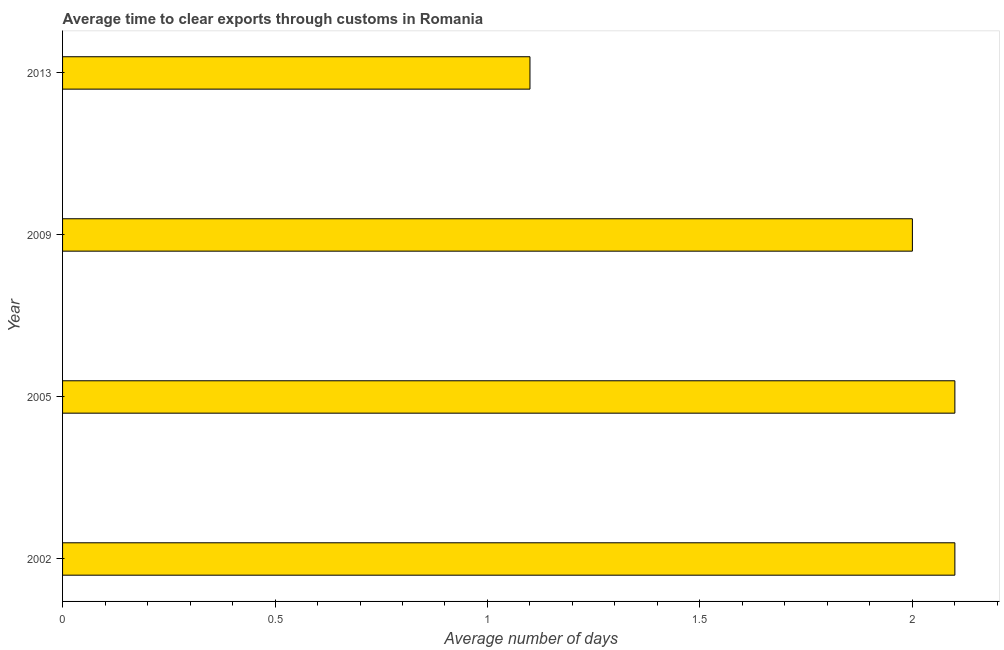
| Year | Time to clear exports through customs |
 | --- | --- |
 | 2002 | 2.1 |
 | 2005 | 2.1 |
 | 2009 | 2 |
 | 2013 | 1.1 |